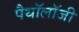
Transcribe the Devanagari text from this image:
पैथॉलॉजी